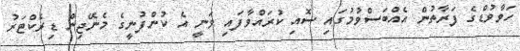
ހަވާވުޑްގެ ފަރާތުން އެއްބަސްވުމުގައި ސޮއި ކުރައްވާފައި ވަނީ އެ ކުންފުނީގެ މެނޭޖިން ޑިރެކްޓަރު